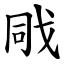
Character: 戙